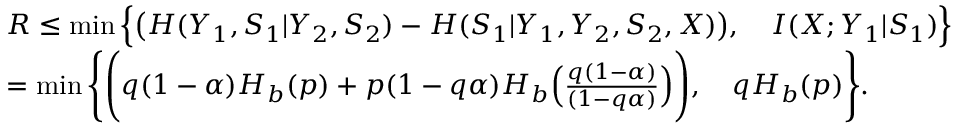
\begin{array} { r l } & { R \leq \operatorname* { m i n } \Big \{ \big ( H ( Y _ { 1 } , S _ { 1 } | Y _ { 2 } , S _ { 2 } ) - H ( S _ { 1 } | Y _ { 1 } , Y _ { 2 } , S _ { 2 } , X ) \big ) , \quad I ( X ; Y _ { 1 } | S _ { 1 } ) \Big \} } \\ & { = \operatorname* { m i n } \Bigg \{ \Bigg ( q ( 1 - \alpha ) H _ { b } ( p ) + p ( 1 - q \alpha ) H _ { b } \Big ( \frac { q ( 1 - \alpha ) } { ( 1 - q \alpha ) } \Big ) \Bigg ) , \quad q H _ { b } ( p ) \Bigg \} . } \end{array}